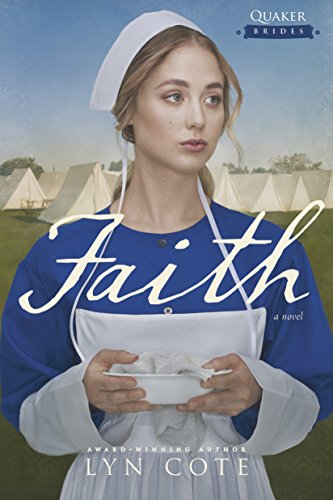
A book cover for Faith (Quaker Brides); Lyn Cote; Romance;